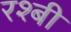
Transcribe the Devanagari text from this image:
रश्बी